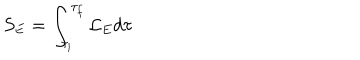
LaTeX: S _ { E } = \int _ { \tau _ { i } } ^ { \tau _ { f } } { \cal L } _ { E } d \tau